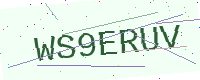
Text: WS9ERUV